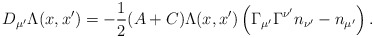
\begin{align*} D_{\mu'} \Lambda(x,x') = -\frac12 (A+C) \Lambda(x,x') \left(\Gamma_{\mu'} \Gamma^{\nu'} n_{\nu'} - n_{\mu'}\right).\end{align*}